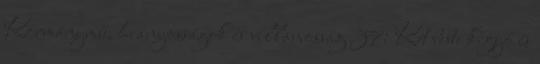
Kormánymű, hiányosságok és villamosság 37: Két beste kígyó és